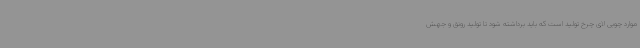
موارد چوبی لای چرخ تولید است که باید برداشته شود تا تولید رونق و جهش